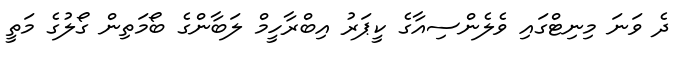
ދެ ވަނަ މިނިޓްގައި ވެލެންސިއާގެ ކީޕަރު އިބްރާހީމް ލަބާންގެ ބޯމަތިން ގޯލުގެ މަތީ